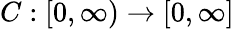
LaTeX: C:[0,\infty)\to[0,\infty]